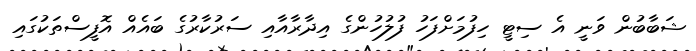
ޝަބާބުން ވަނީ އެ ސިޓީ ހިފުމަށްފަހު ފުލުހުންގެ އިދާރާއާއި ސަރުކާރުގެ ބައެއް އޮފީސްތަކުގައި